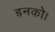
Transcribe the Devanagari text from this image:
इनको।